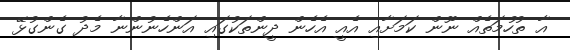
އާ ތުހުމަތެއް ނޫން ކަމަށާއި އެއީ އެހެން ދީންތަކުގައި އަންހެނުންނާ މެދު ގެންގުޅޭ